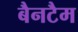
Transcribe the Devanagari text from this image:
बैनटैम